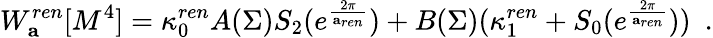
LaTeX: W_{\mathbf a}^{ren}[M^{4}]=\kappa_{0}^{ren}A(\Sigma)S_{2}(e^{\frac{2\pi}{{\mathbf a}_{ren}}})+B(\Sigma)(\kappa_{1}^{ren}+S_{0}(e^{\frac{2\pi}{{\mathbf a}_{ren}}}))~~.